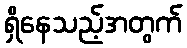
ရှိနေသည့်အတွက်